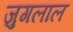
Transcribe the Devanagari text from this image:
जुगलाल